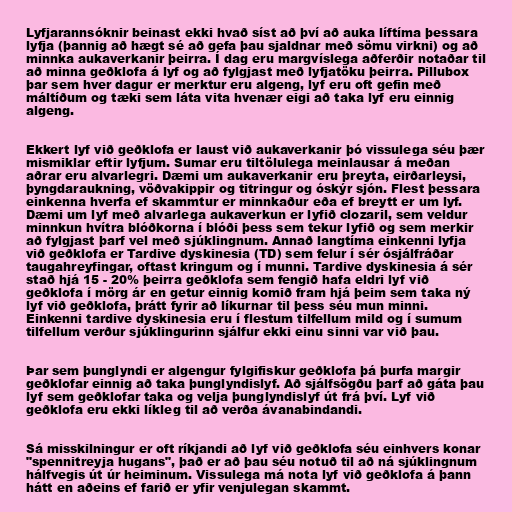
Lyfjarannsóknir beinast ekki hvað síst að því að auka líftíma þessara
lyfja (þannig að hægt sé að gefa þau sjaldnar með sömu virkni) og að
minnka aukaverkanir þeirra. Í dag eru margvíslega aðferðir notaðar til
að minna geðklofa á lyf og að fylgjast með lyfjatöku þeirra. Pillubox
þar sem hver dagur er merktur eru algeng, lyf eru oft gefin með
máltíðum og tæki sem láta vita hvenær eigi að taka lyf eru einnig
algeng.

Ekkert lyf við geðklofa er laust við aukaverkanir þó vissulega séu þær
mismiklar eftir lyfjum. Sumar eru tiltölulega meinlausar á meðan
aðrar eru alvarlegri. Dæmi um aukaverkanir eru þreyta, eirðarleysi,
þyngdaraukning, vöðvakippir og titringur og óskýr sjón. Flest þessara
einkenna hverfa ef skammtur er minnkaður eða ef breytt er um lyf.
Dæmi um lyf með alvarlega aukaverkun er lyfið clozaril, sem veldur
minnkun hvítra blóðkorna í blóði þess sem tekur lyfið og sem merkir
að fylgjast þarf vel með sjúklingnum. Annað langtíma einkenni lyfja
við geðklofa er Tardive dyskinesia (TD) sem felur í sér ósjálfráðar
taugahreyfingar, oftast kringum og í munni. Tardive dyskinesia á sér
stað hjá 15 - 20% þeirra geðklofa sem fengið hafa eldri lyf við
geðklofa í mörg ár en getur einnig komið fram hjá þeim sem taka ný
lyf við geðklofa, þrátt fyrir að líkurnar til þess séu mun minni.
Einkenni tardive dyskinesia eru í flestum tilfellum mild og í sumum
tilfellum verður sjúklingurinn sjálfur ekki einu sinni var við þau.

Þar sem þunglyndi er algengur fylgifiskur geðklofa þá þurfa margir
geðklofar einnig að taka þunglyndislyf. Að sjálfsögðu þarf að gáta þau
lyf sem geðklofar taka og velja þunglyndislyf út frá því. Lyf við
geðklofa eru ekki líkleg til að verða ávanabindandi.

Sá misskilningur er oft ríkjandi að lyf við geðklofa séu einhvers konar
"spennitreyja hugans", það er að þau séu notuð til að ná sjúklingnum
hálfvegis út úr heiminum. Vissulega má nota lyf við geðklofa á þann
hátt en aðeins ef farið er yfir venjulegan skammt.